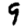
Digit: 9